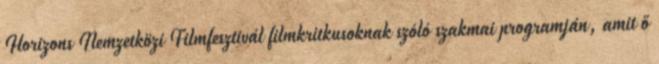
Horizons Nemzetközi Filmfesztivál filmkritkusoknak szóló szakmai programján, amit ő